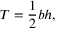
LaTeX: T = { \frac { 1 } { 2 } } b h ,